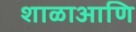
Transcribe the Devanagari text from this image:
शाळाआणि